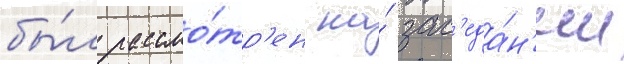
бы́л рассмо́тр'ен на́ зас'еда́н'ии